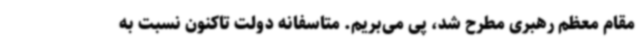
مقام معظم رهبری مطرح شد، پی می‌بریم. متاسفانه دولت تاکنون نسبت به